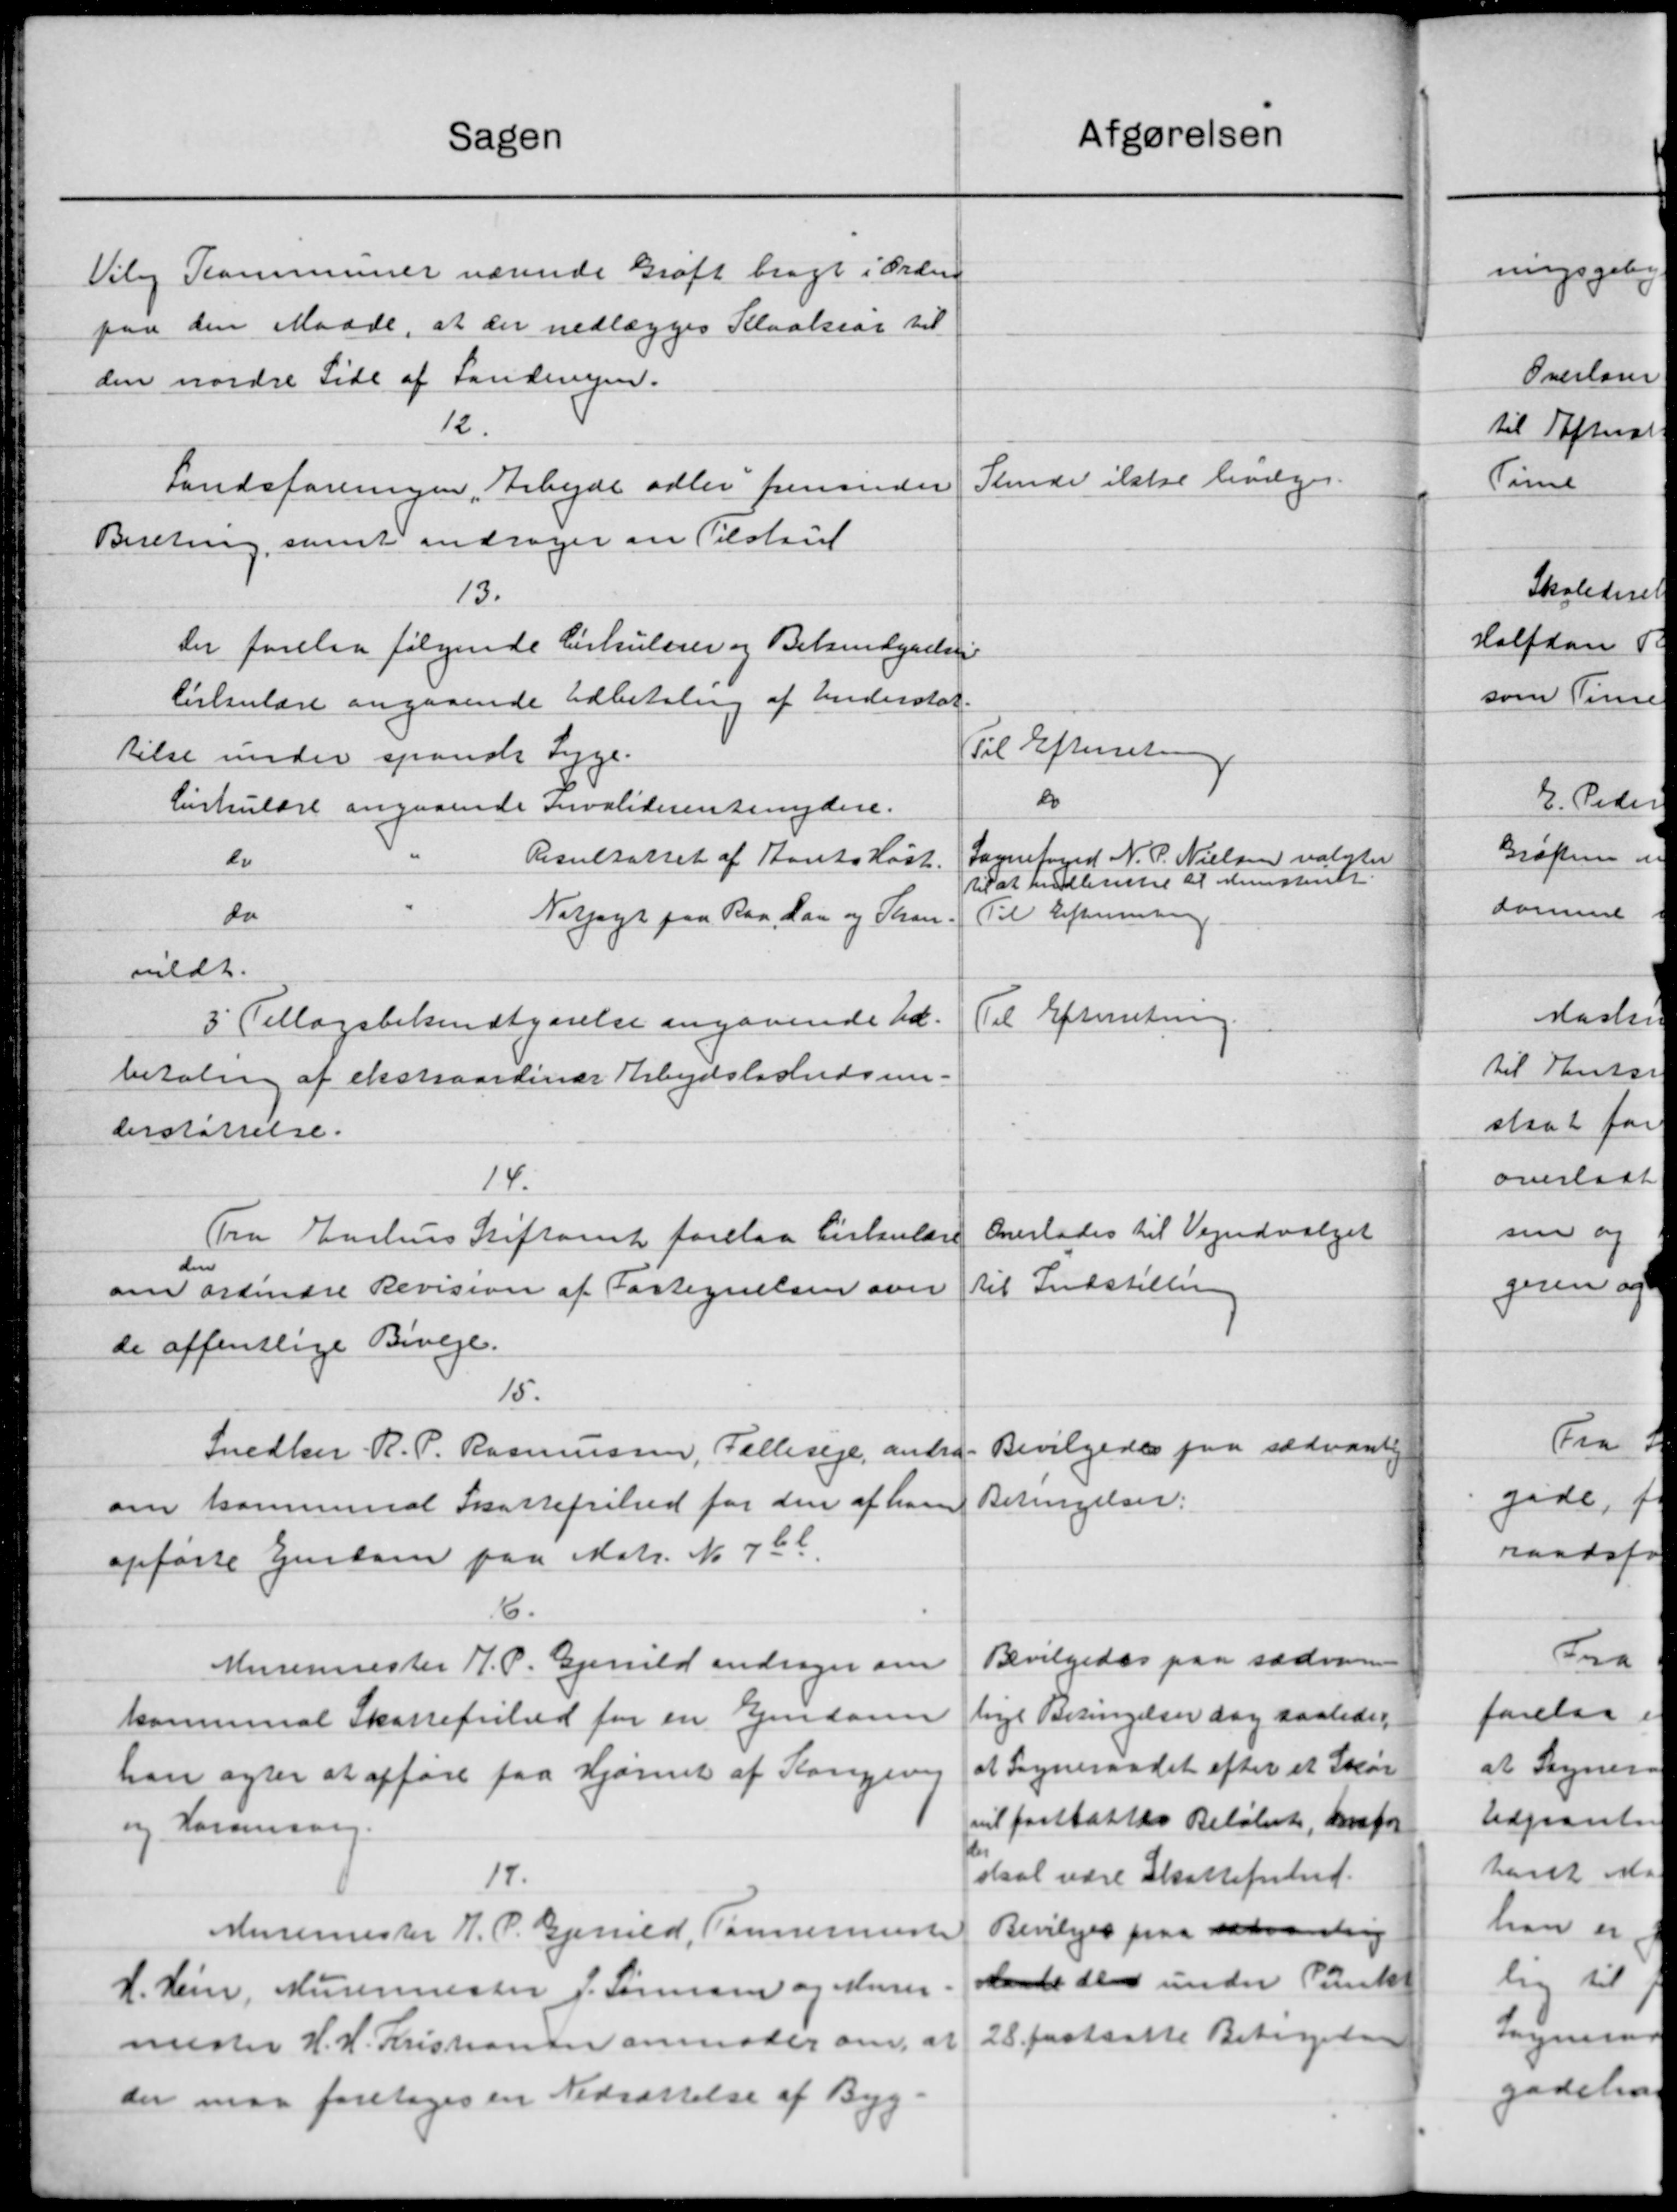
Transskription:
Afgørelsen
Sagen
Viby Kommuner værende Grøft bragt i Orden
paa den Maade, at der nedlægges Kloaksar til
den nordre Side af Landevejen.
12.
Stende ikke bevilges.
Landsforeningen „Arbejde adler fremsender
Beretning, samt andrager om Tilstaaed
13.
Der forelaa følgende Cirkulærer og Bekendgørelse
Cirkulære angaaende Udbetaling af Understøt-
Til Efterretning
tilse under spansk Syge-
do
Cirkulære angaaende Invaliderentenydere.
Sognefoged N. P. Nielsen valgtes
Resultattet af Aarets Høst.
do
til at hudlevente til dinisteriet.
do
Til Efterretning
Nespyr paa Bag lan og Sam.
mildt.
Til Efterretning.
3' Tillægsbekendtgørelse angaaende Ud-
betaling af ekstraordinær Arbejdsløshedsun-
derstøttelse.
14.
Overlades til Vejudvalget
Fra Aarhus Stiftamt forelaa Cirkulære
den
til Indstilling
om ordinære Revision af Fortegnelsen over
de offentlige Biveje.
15.
Bevilgedes paa sædvanlig
Snedker R. P. Rasmussen, Fælleseje, andra
Betingelser:
om kommunal Skattefrihed for den af ham
opførte Ejendom paa Matr. No 7 bl.
6.
Bevilgedes paa sædvan
Murermester H. P. Gjerild andrager om
lyl Betingelser dog saaledes
kommunal Skattefrihed for en Ejendom
at Sogneraadet efter et Skov
han agter at opføre paa Hjørnet af Kongevej
vil fastsattes Beløbet, omfor
og Karensorg.
skal være Skattefrihed.
17.
Bevilges paa sædvanling
Muremester J. P. Bjerrild, Tømrermester
tante den under Punkt
d. Hein, Murermester J. Sørensen og Murer.
28 fastsatte Betigelse
mester H. H. Kristiansen anmoder om, at
der maa foretoges en Nedsættelse af Byg